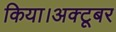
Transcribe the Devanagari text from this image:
किया।अक्टूबर